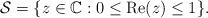
LaTeX: \begin{align*}\mathcal{S}=\{z\in \mathbb{C}:0\leq \mathrm{Re}(z)\leq 1\}.\end{align*}